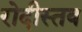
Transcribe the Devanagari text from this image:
रोदीस्तव